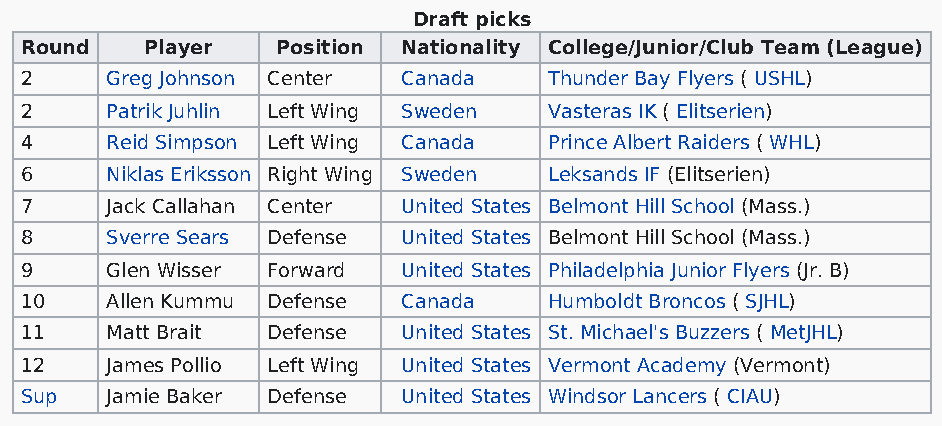
Draft picks
 Round    Player  Position Nationality College/Junior/Club Team (League)
 2     Greg Johnson Center Canada   Thunder Bay Flyers ( USHL)
 2     Patrik Juhlin Left Wing Sweden Vasteras IK ( Elitserien)
 4     Reid Simpson Left Wing Canada Prince Albert Raiders ( WHL)
 6     Niklas Eriksson Right Wing Sweden Leksands IF (Elitserien)
 7     Jack Callahan Center United States Belmont Hill School (Mass.)
 8     Sverre Sears Defense United States Belmont Hill School (Mass.)
 9     Glen Wisser Forward United States Philadelphia Junior Flyers (Jr. B)
 10    Allen Kummu Defense Canada   Humboldt Broncos ( SJHL)
 11    Matt Brait Defense  United States St. Michael's Buzzers ( MetJHL)
 12    James Pollio Left Wing United States Vermont Academy (Vermont)
 Sup   Jamie Baker Defense United States Windsor Lancers ( CIAU)